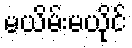
မယိမ်းမယိုင်